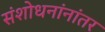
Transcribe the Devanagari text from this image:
संशोधनांनांतर